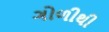
ગોળીથી